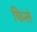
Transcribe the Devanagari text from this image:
फिन्ले